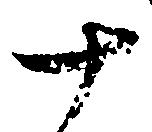
十